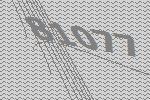
81077